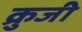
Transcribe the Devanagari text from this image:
क्रुजी